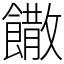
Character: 饊